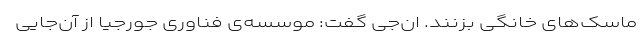
ماسک‌های خانگی بزنند. ان‌جی گفت: موسسه‌ی فناوری جورجیا از آن‌جایی